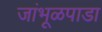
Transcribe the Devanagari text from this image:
जांभूळपाडा